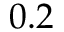
0 . 2